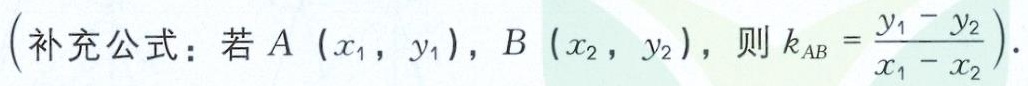
（补充公式：若\(A\left(x_{1},y_{1}\right),B\left(x_{2},y_{2}\right)\)，则\(k_{AB}=\frac{y_{1}-y_{2}}{x_{1}-x_{2}}\)）